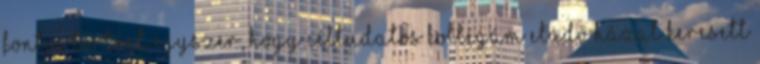
fontos Történt egyszer, hogy céltudatos kollégám eladó házat keresett